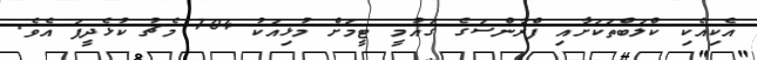
އެކިއެކި ކްލަބްތަކަށާއި ފްރާންސަގެ ގައުމީ ޓީމަށް މުޅިއަކު 704 މެޗު ކުޅެދީފަ އެވެ.